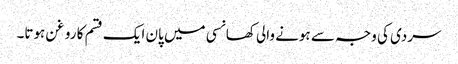
سردی کی وجہ سے ہونے والی کھانسی میں پان ایک قسم کا روغن ہوتا۔